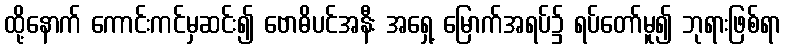
ထို့နောက် ကောင်းကင်မှဆင်း၍ ဗောဓိပင်အနီး အရှေ့ မြောက်အရပ်၌ ရပ်တော်မူ၍ ဘုရားဖြစ်ရာ